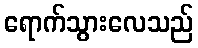
ရောက်သွားလေသည်